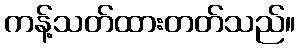
ကန့်သတ်ထားတတ်သည်။